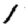
Digit: 1